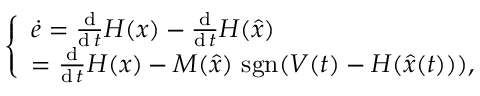
\left\{ \begin{array} { l l } { { \dot { e } } = { \frac { \operatorname { d } } { \operatorname { d } t } } H ( x ) - { \frac { \operatorname { d } } { \operatorname { d } t } } H ( { \hat { x } } ) } \\ { = { \frac { \operatorname { d } } { \operatorname { d } t } } H ( x ) - M ( { \hat { x } } ) \, \operatorname { s g n } ( V ( t ) - H ( { \hat { x } } ( t ) ) ) , } \end{array} \right.